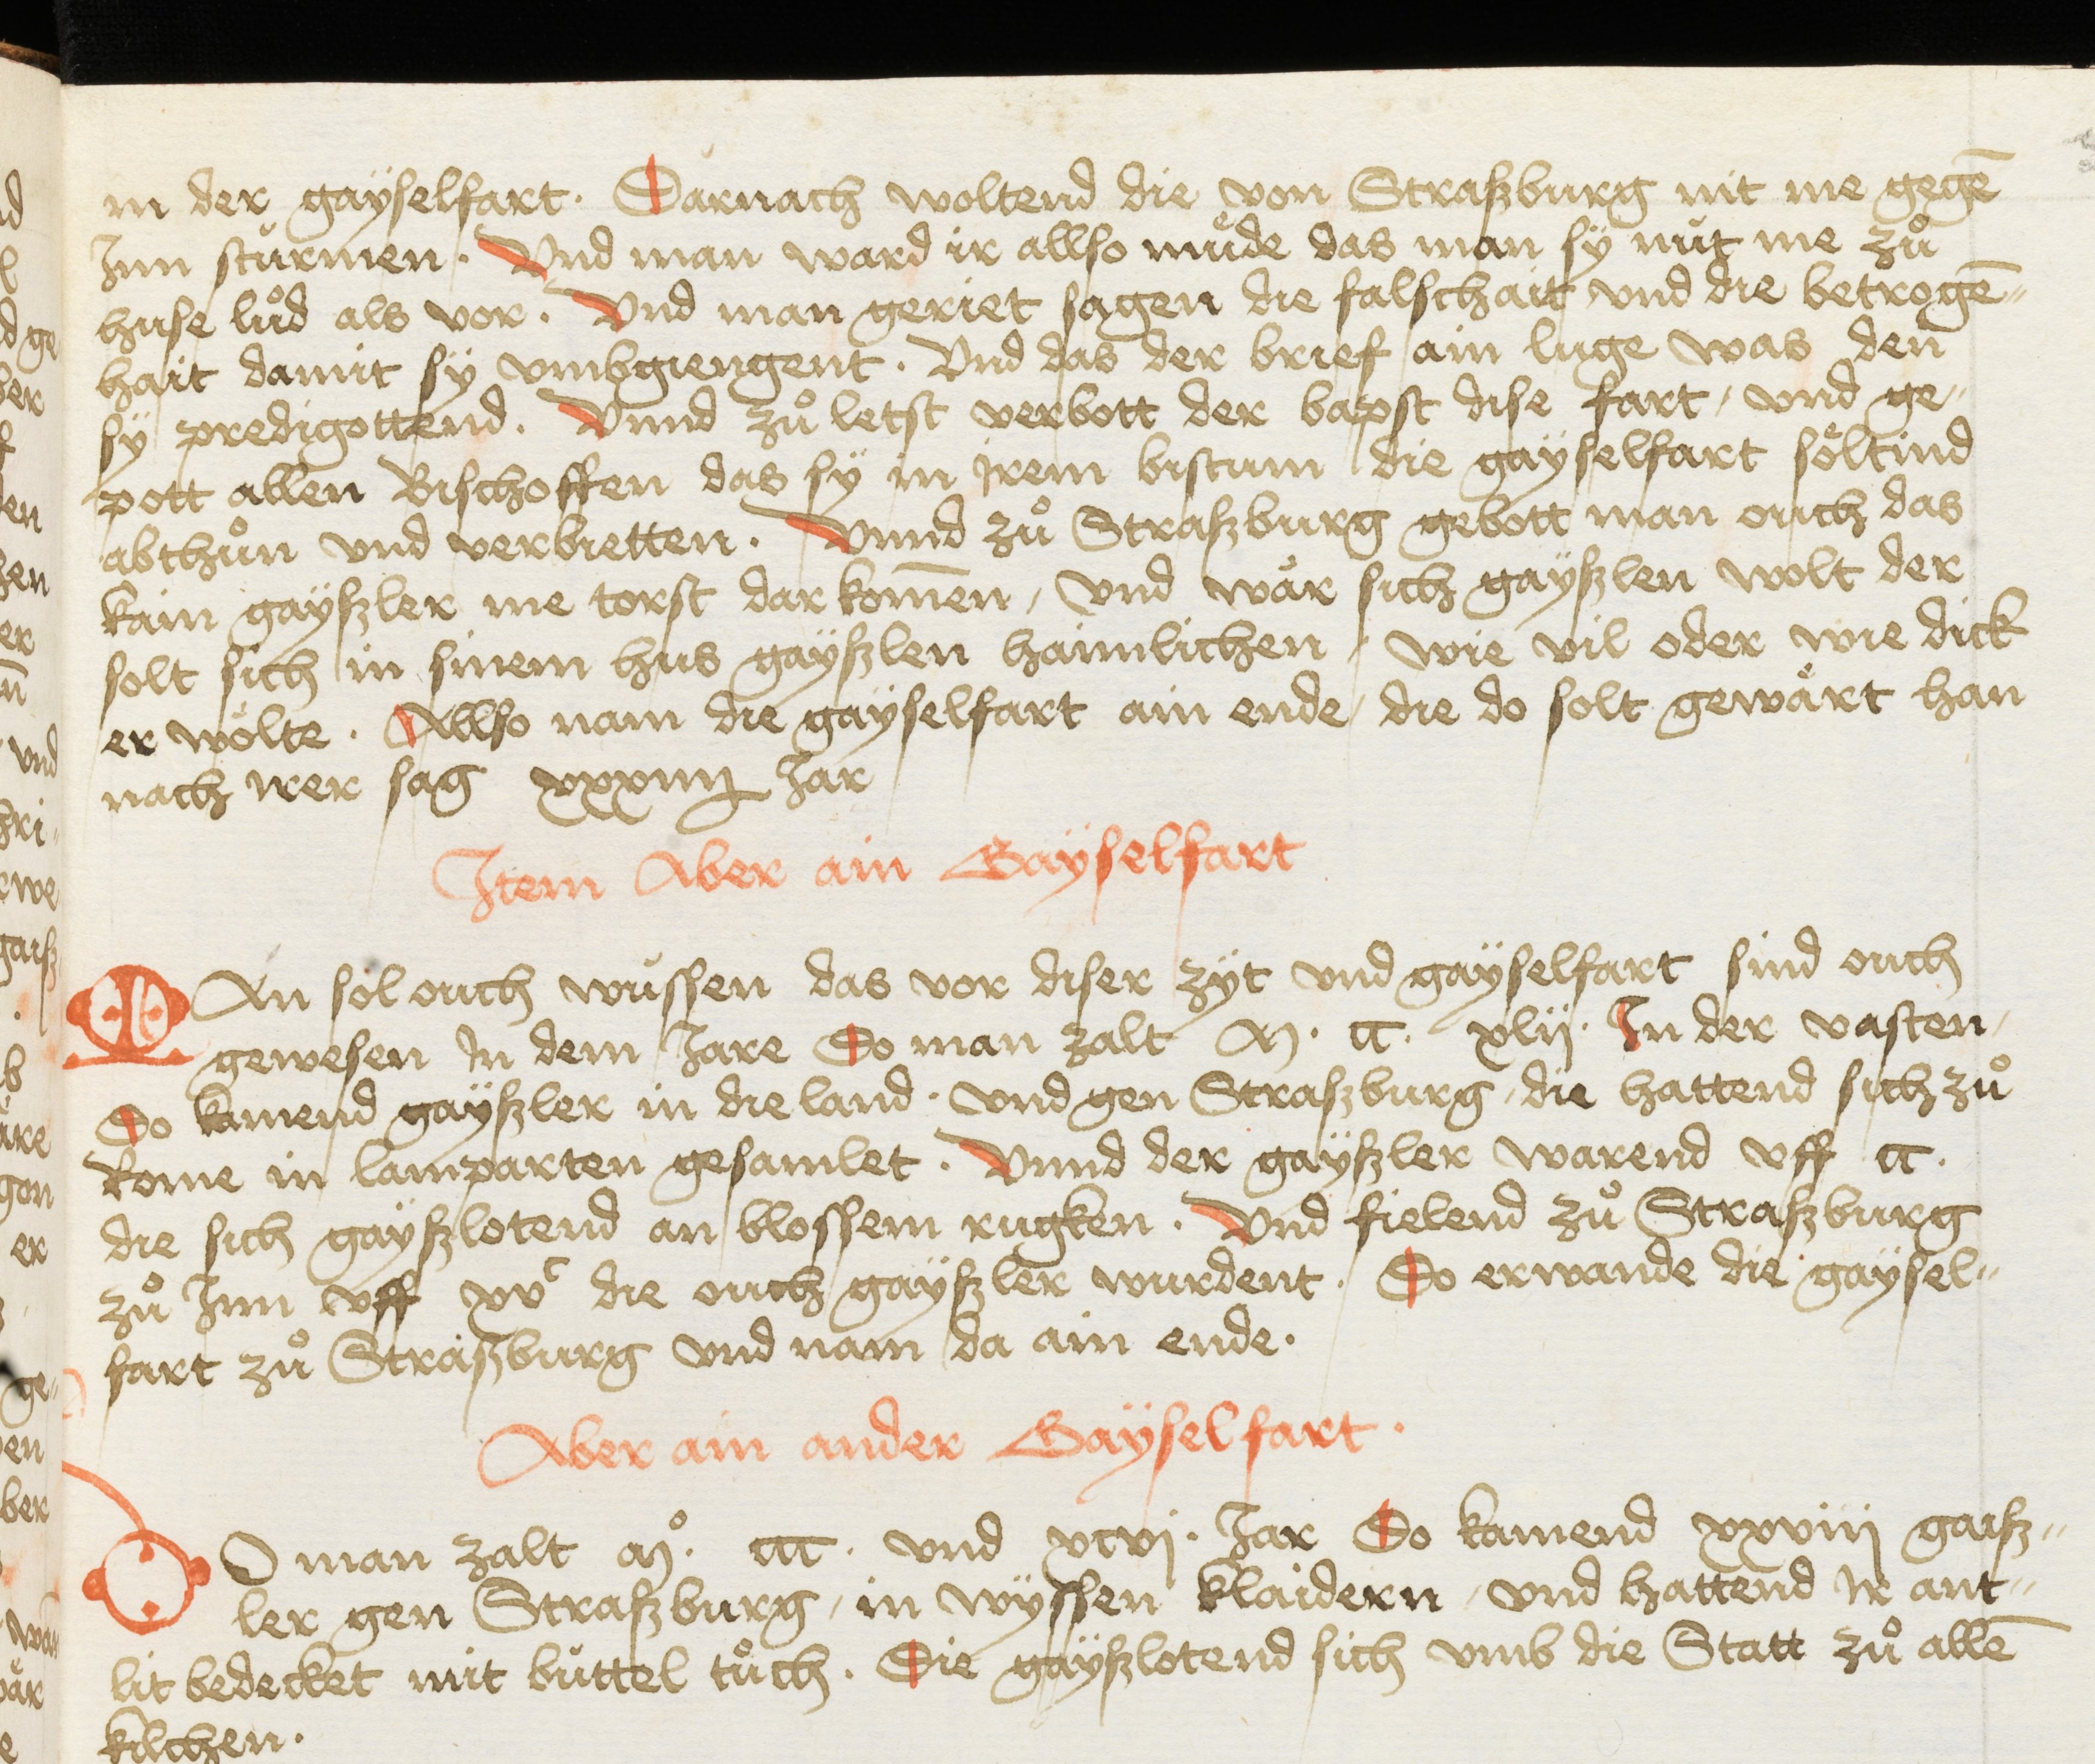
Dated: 1400–1499